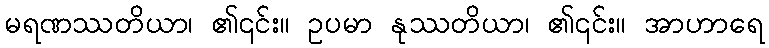
မရဏဿတိယာ၊ ၏၎င်း။ ဥပမာ နုဿတိယာ၊ ၏၎င်း။ အာဟာရေ